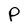
Character: P